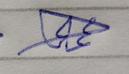
Signature authenticity: genuine